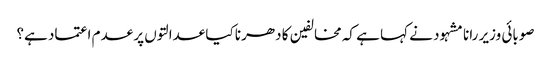
صوبائی وزیر رانا مشہود نے کہا ہے کہ مخالفین کا دھرنا کیا عدالتوں پر عدم اعتماد ہے؟